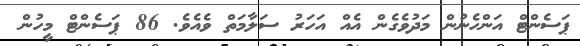
ޕަސެންޓް އަންހެނުން މަދުވެގެން އެއް އަހަރު ސަލާމަތް ވެއެވެ. 86 ޕަސެންޓް މީހުން